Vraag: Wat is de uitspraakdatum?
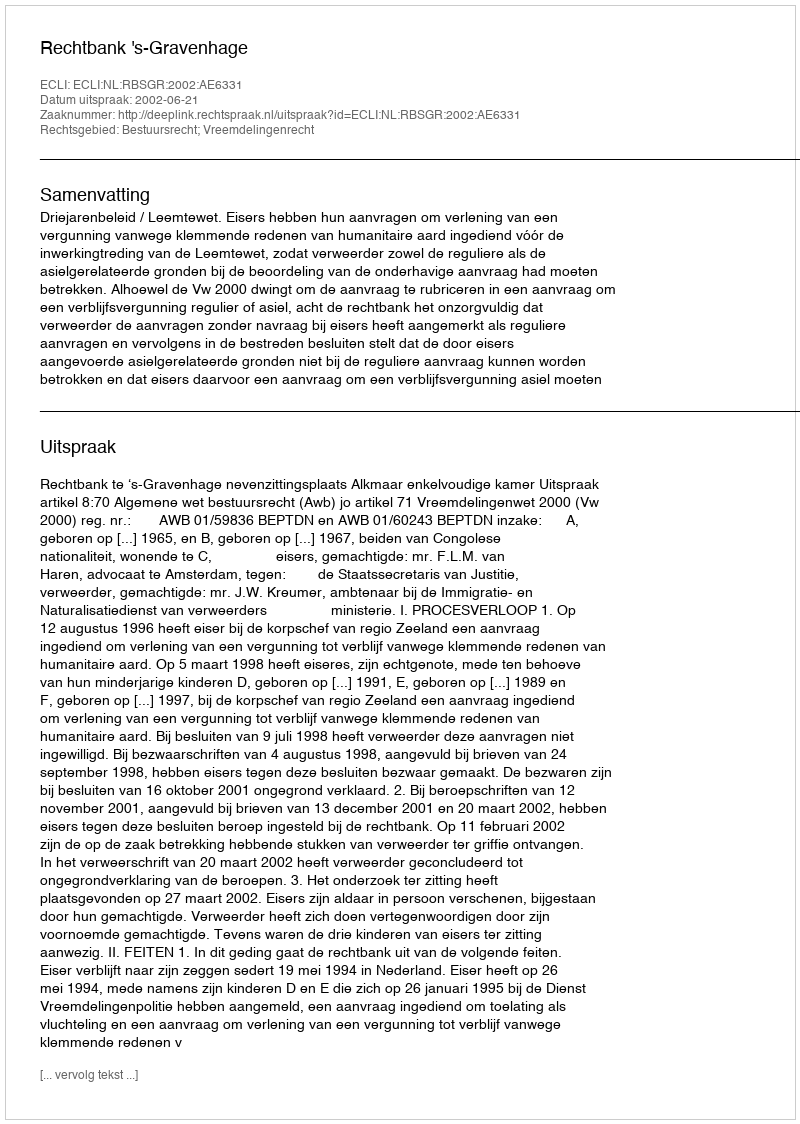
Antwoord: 2002-06-21